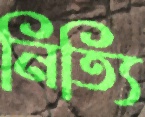
নিত্যি